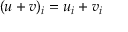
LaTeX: ( u + v ) _ { i } = u _ { i } + v _ { i }